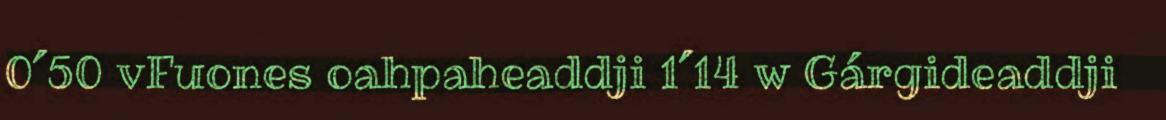
0´50 vFuones oahpaheaddji 1´14 w Gárgideaddji